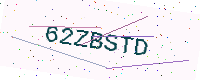
Text: 62ZBSTD